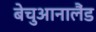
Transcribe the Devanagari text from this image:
बेचुआनालैंड